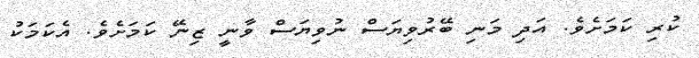
ކުރި ކަމަށެވެ. އަދި މަނި ބޭރުވިޔަސް ނުވިޔަސް ވާނީ ޒިނޭ ކަމަށެވެ. އެކަމަކު